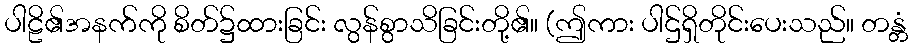
ပါဠိ၏အနက်ကို စိတ်၌ထားခြင်း လွန်စွာသိခြင်းတို့၏။ (ဤကား ပါဌ်ရှိတိုင်းပေးသည်။ တန္တံ